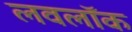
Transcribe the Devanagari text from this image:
लवलॉक